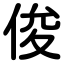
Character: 俊